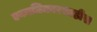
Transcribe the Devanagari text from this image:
एकाधिकारशाहीस